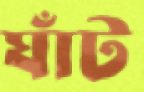
ঘাঁট